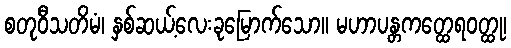
စတုဝီသတိမံ၊ နှစ်ဆယ့်လေးခုမြောက်သော။ မဟာပန္တကတ္ထေရဝတ္ထု၊